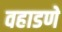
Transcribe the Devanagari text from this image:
वहाडणे